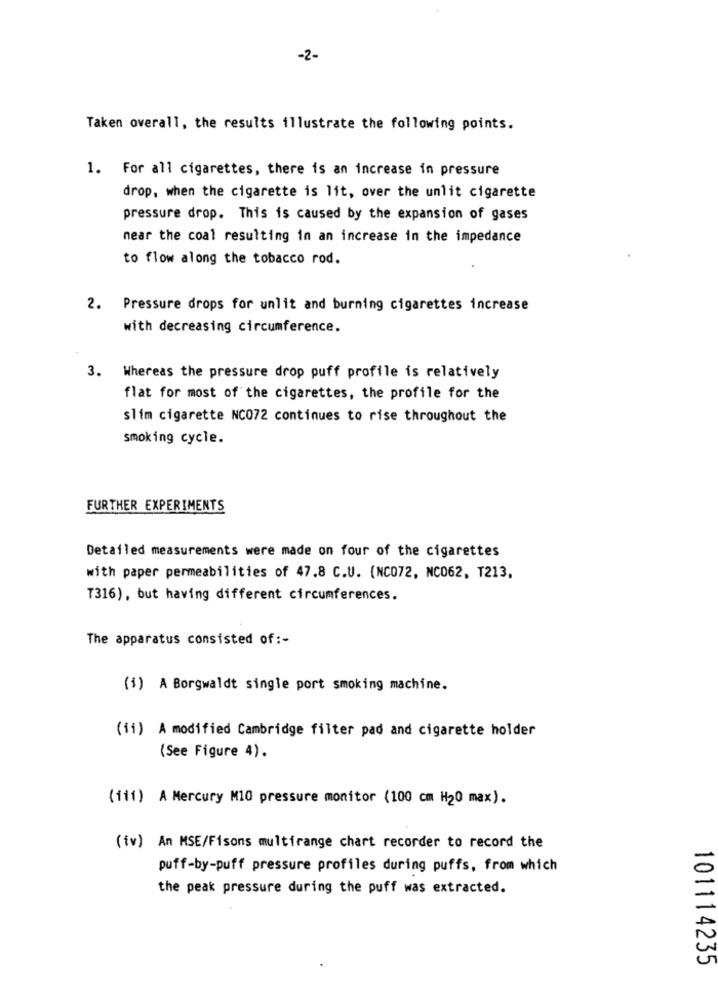
-2-
Taken overall, the results illustrate the following points.
1. For all cigarettes, there is an increase in pressure
drop, when the cigarette is lit, over the unlit cigarette
pressure drop. This is caused by the expansion of gases
near the coal resulting in an increase in the impedance
to flow along the tobacco rod.
2. Pressure drops for unlit and burning cigarettes increase
with decreasing circumference.
3. Whereas the pressure drop puff profile is relatively
flat for most of the cigarettes, the profile for the
slim cigarette NC072 continues to rise throughout the
smoking cycle.
FURTHER EXPERIMENTS
Detailed measurements were made on four of the cigarettes
with paper permeabilities of 47.8 C.U. (NC072, NC062, T213,
T316), but having different circumferences.
The apparatus consisted of :-
($) A Borgwaldt single port smoking machine.
(ii) A modified Cambridge filter pad and cigarette holder
(See Figure 4).
(111) A Mercury M10 pressure monitor (100 cm H20 max).
(iv) An MSE/Fisons multirange chart recorder to record the
puff-by-puff pressure profiles during puffs, from which
the peak pressure during the puff was extracted.
101114235